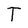
Character: T